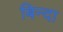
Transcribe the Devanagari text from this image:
बिन्दा